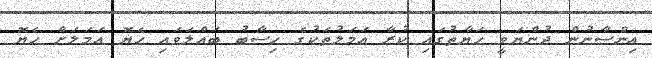
އިންސާނުން ދުންޔަވީ ޙަޔާތުގައި ކުރާ ޢަމަލުތަކުގެ ހިސާބު ބައްލަވައި ހެޔޮ ޢަމަލަށް ހެޔޮ